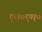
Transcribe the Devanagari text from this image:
एम०एम०